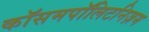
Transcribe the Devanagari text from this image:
कॉसमपॉलिटनिज़म